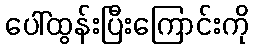
ပေါ်ထွန်းပြီးကြောင်းကို